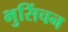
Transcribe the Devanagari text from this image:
भुसिंचन